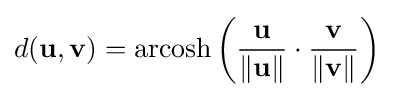
d(\mathbf {u} ,\mathbf {v} )=\operatorname {arcosh} \left({\frac {\mathbf {u} }{\left\|\mathbf {u} \right\|}}\cdot {\frac {\mathbf {v} }{\left\|\mathbf {v} \right\|}}\right)